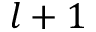
l + 1